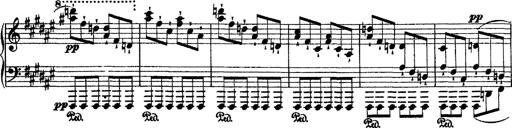
Title: 2 KonzertetÃ¼den
Composer: Franz Liszt